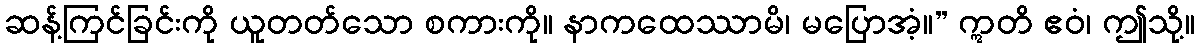
ဆန့်ကြင်ခြင်းကို ယူတတ်သော စကားကို။ နာကထေဿာမိ၊ မပြောအံ့။” ဣတိ ဧဝံ၊ ဤသို့။